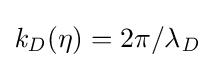
{{\mathit {k}}_{\mathit {D}}}(\eta )={2\pi }/\lambda _{\mathit {D}}